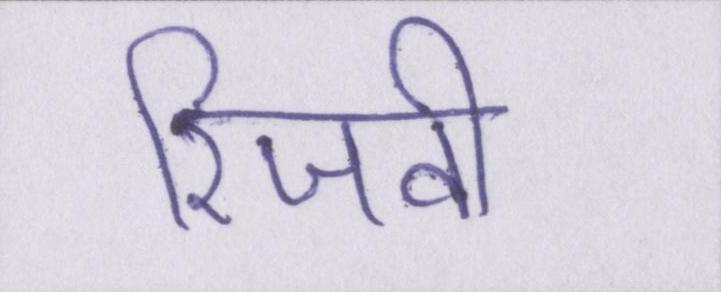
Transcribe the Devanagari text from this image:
रिजवी